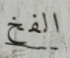
الفخ